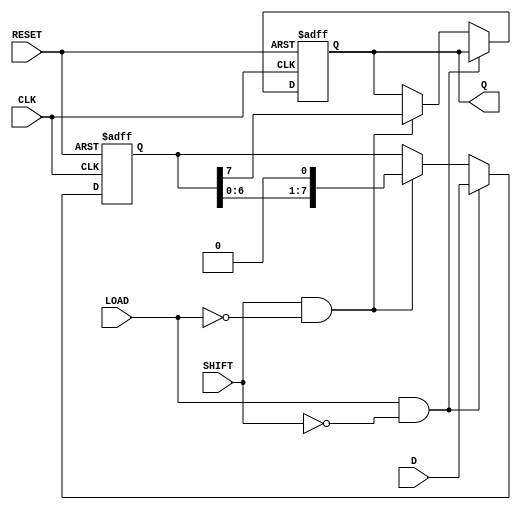
module Shift_PISO #(
    parameter WIDTH = 8  // Parameter to define the width of the register
)(
    input wire [WIDTH-1:0] D,    // Parallel Data Input
    input wire LOAD,              // Load Control Signal
    input wire SHIFT,             // Shift Control Signal
    input wire CLK,               // Clock Signal
    input wire RESET,             // Asynchronous Reset
    output reg Q                 // Serial Output
);

    // Internal shift register
    reg [WIDTH-1:0] shift_reg;

    // Asynchronous reset and loading logic
    always @(posedge CLK or posedge RESET) begin
        if (RESET) begin
            shift_reg <= {WIDTH{1'b0}}; // Reset the shift register to 0
            Q <= 1'b0;                  // Reset the output
        end else begin
            if (LOAD && !SHIFT) begin
                shift_reg <= D;         // Load data when LOAD is asserted
            end else if (SHIFT && !LOAD) begin
                Q <= shift_reg[WIDTH-1]; // Output the MSB
                shift_reg <= {shift_reg[WIDTH-2:0], 1'b0}; // Shift left and fill LSB with 0
            end
            // Note: If both LOAD and SHIFT are asserted, do nothing.
        end
    end

endmodule